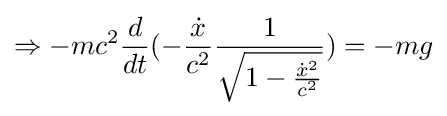
\Rightarrow -mc^{2}{\frac {d}{dt}}(-{\frac {\dot {x}}{c^{2}}}{\frac {1}{\sqrt {1-{\frac {{\dot {x}}^{2}}{c^{2}}}}}})=-mg